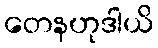
တေနဟုဒါယိ